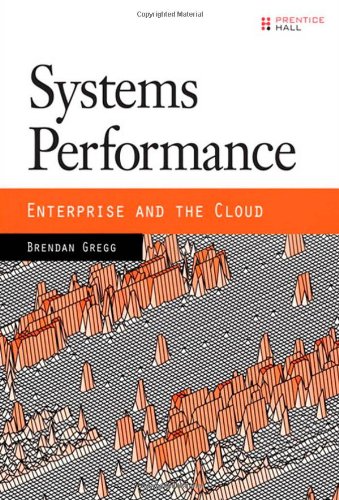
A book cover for Systems Performance: Enterprise and the Cloud; Brendan Gregg; Computers & Technology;